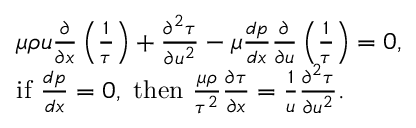
{ \begin{array} { r l } & { \mu \rho u { \frac { \partial } { \partial x } } \left( { \frac { 1 } { \tau } } \right) + { \frac { \partial ^ { 2 } \tau } { \partial u ^ { 2 } } } - \mu { \frac { d p } { d x } } { \frac { \partial } { \partial u } } \left( { \frac { 1 } { \tau } } \right) = 0 , } \\ & { { \mathrm { i f ~ } } { \frac { d p } { d x } } = 0 , { \mathrm { ~ t h e n ~ } } { \frac { \mu \rho } { \tau ^ { 2 } } } { \frac { \partial \tau } { \partial x } } = { \frac { 1 } { u } } { \frac { \partial ^ { 2 } \tau } { \partial u ^ { 2 } } } . } \end{array} }